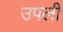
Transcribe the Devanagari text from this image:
उपली